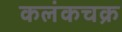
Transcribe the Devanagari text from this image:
कलंकचक्र